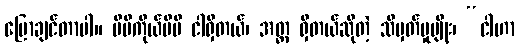
ပြောချင်တာပါ။ မိမိကိုယ်မိမိ ငါရှိတယ်၊ အတ္တ ရှိတယ်ဆိုတဲ့ သိမှတ်မှုမျိုး၊ “ငါဟာ